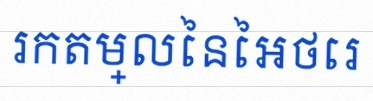
រកតម្លៃនៃអថេរ